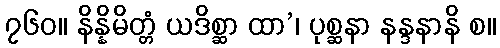
၇၆၀။ နိန္နိမိတ္တံ ယဒိစ္ဆာ ထာ’၊ ပုစ္ဆနာ နန္ဒနာနိ စ။